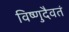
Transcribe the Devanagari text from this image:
विष्णुदैवतं